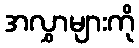
အလွှာများကို